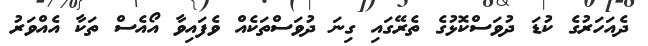
ދެއަހަރުގެ ކުޑަ ދުވަސްކޮޅުގެ ތެރޭގައި ގިނަ ދުވަސްތަކެއް ވެފައިވާ އޯއެސް ތަކާ އެއްވަރު